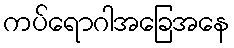
ကပ်ရောဂါအခြေအနေ